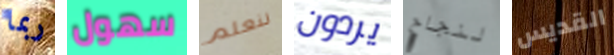
ربما سهول لنعلم يردون لنجاح القديس